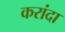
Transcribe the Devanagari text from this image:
करांदा